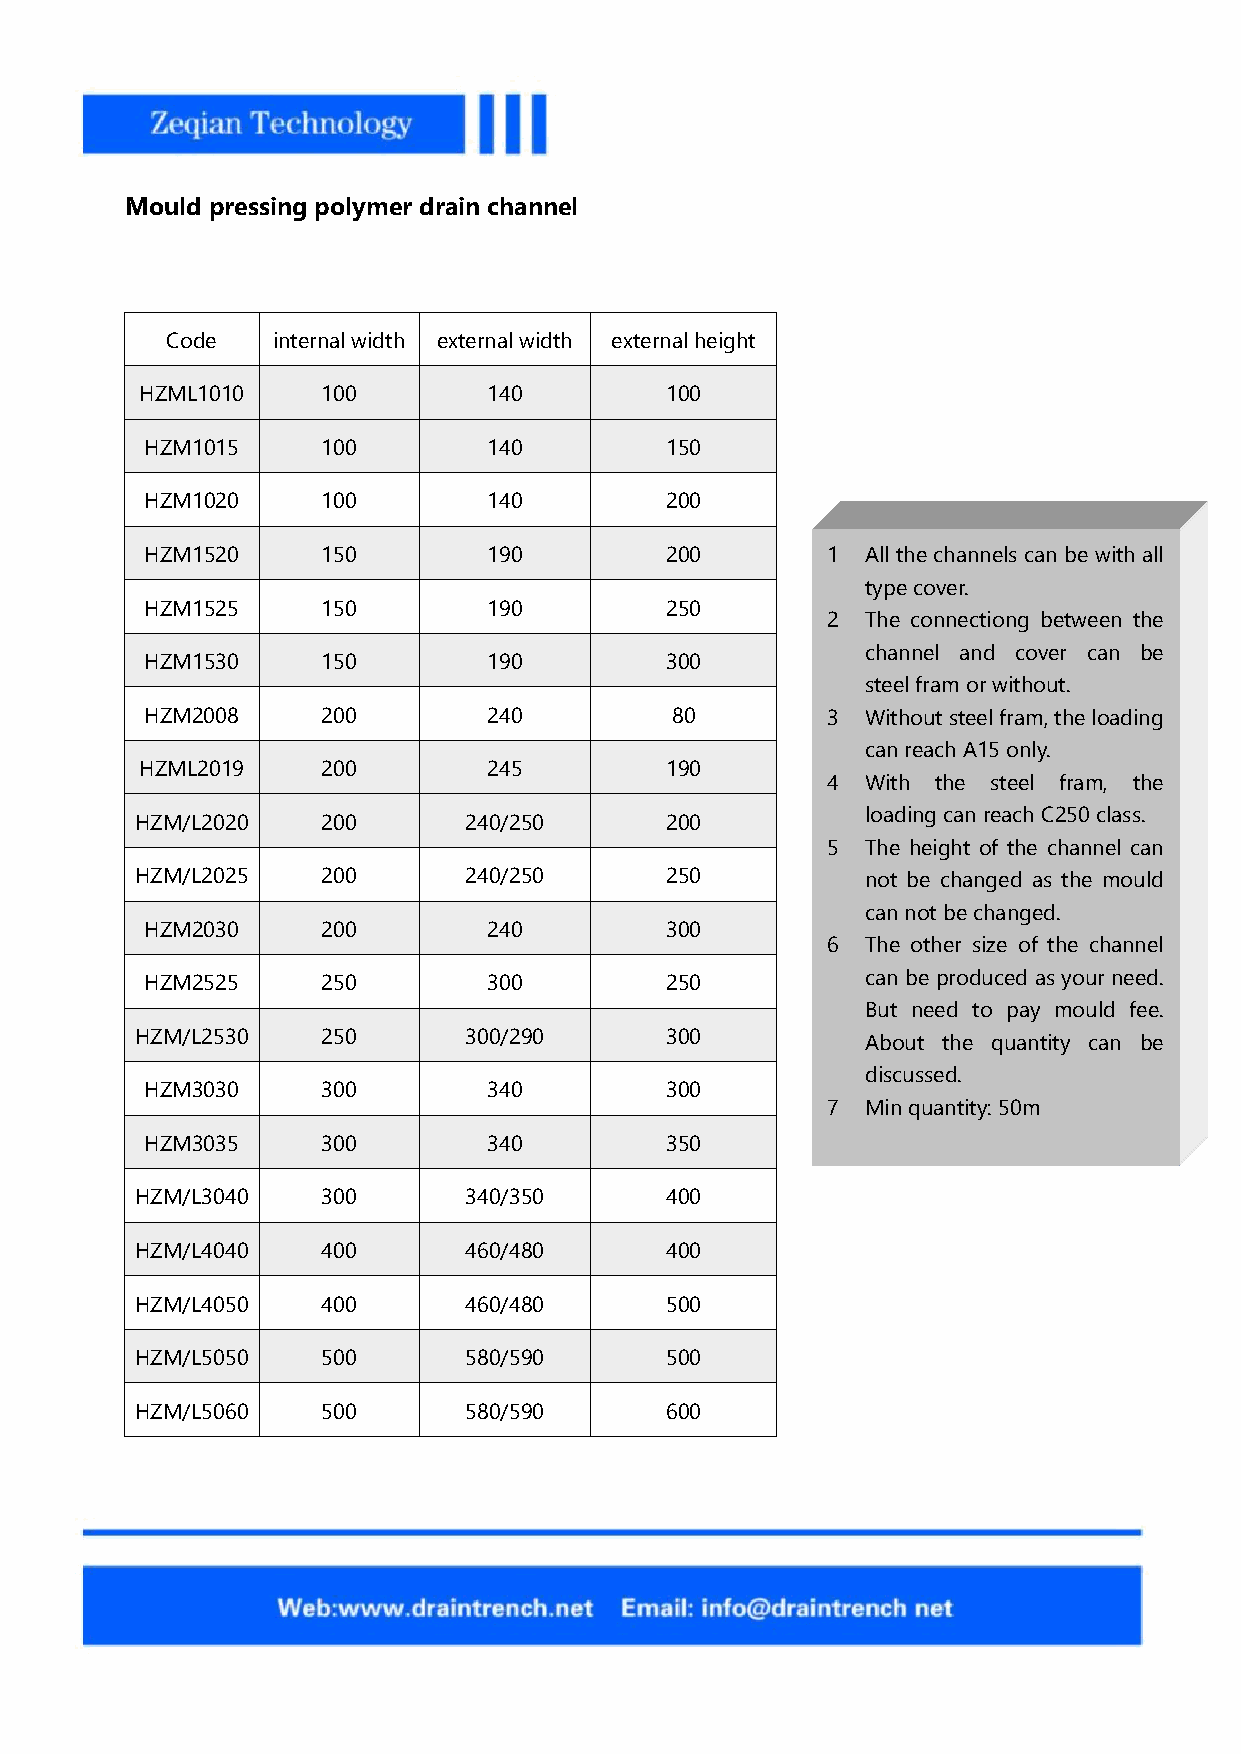
Mould pressing polymer drain channel
 Code   internalwidth externalwidth externalheight
 HZML1010    100        140         100
 HZM1015    100        140         150
 HZM1020    100        140         200
 HZM1520    150        190         200        1 All the channels can be with all
 typecover.
 HZM1525    150        190         250
 2 The connectiong between the
 channel and cover can be
 HZM1530    150        190         300
 steelfram orwithout.
 HZM2008    200        240         80         3 Withoutsteelfram,theloading
 canreachA15 only.
 HZML2019    200        245         190
 4 With the steel fram, the
 loadingcanreach C250 class.
 HZM/L2020   200       240/250      200
 5 The height of the channel can
 HZM/L2025   200       240/250      250          not be changed as the mould
 cannotbechanged.
 HZM2030    200        240         300
 6 The other size of the channel
 HZM2525    250        300         250          can be produced as your need.
 But need to pay mould fee.
 HZM/L2530   250       300/290      300          About the quantity can be
 discussed.
 HZM3030    300        340         300
 7 Minquantity:50m
 HZM3035    300        340         350
 HZM/L3040   300       340/350      400
 HZM/L4040   400       460/480      400
 HZM/L4050   400       460/480      500
 HZM/L5050   500       580/590      500
 HZM/L5060   500       580/590      600